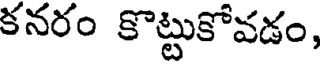
కనరం కొట్టుకోవడం,